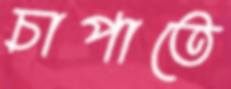
চাপাতে